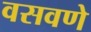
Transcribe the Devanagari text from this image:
वसवणे